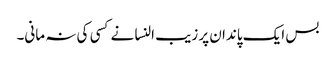
بس ایک پاندان پر زیب النسا نے کسی کی نہ مانی۔